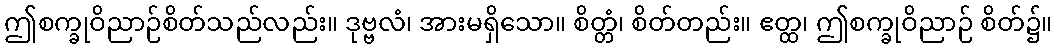
ဤစက္ခုဝိညာဉ်စိတ်သည်လည်း။ ဒုဗ္ဗလံ၊ အားမရှိသော။ စိတ္တံ၊ စိတ်တည်း။ ဧတ္ထ၊ ဤစက္ခုဝိညာဉ် စိတ်၌။